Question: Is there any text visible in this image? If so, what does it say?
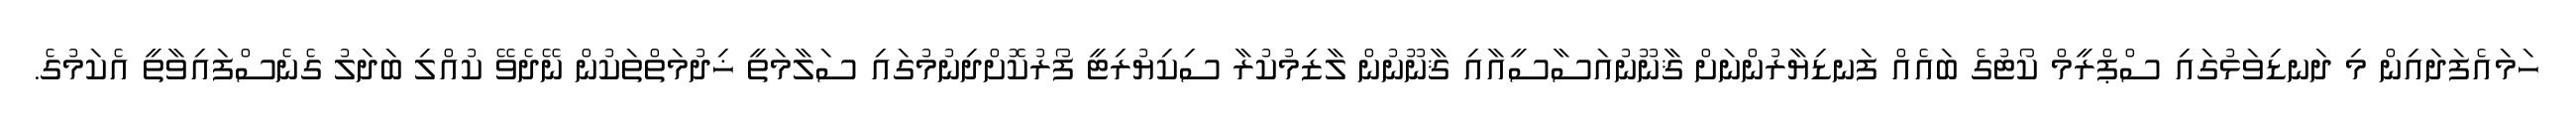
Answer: ހަމައެފަދައިން މި ދަނޑިވަޅުގައި ސްޕްރީމް ކޯޓުގެ ބައެއް ފަނޑިޔާރުންނަށް ޤާނޫނުއަސާސީއާއި ޤާނޫނުން ލާޒިމުކުރާ ސިކިޔުރިޓީ ފޯރުކޮށްދިނުމުގައި ސަލާމަތީ ޚިދުމަތްތަކުން ނޭދެވޭ ކުއްލި ބަދަލު ގެނެސްފައިވާތީ އެކަމުގެ.